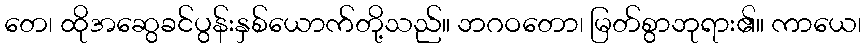
တေ၊ ထိုအဆွေခင်ပွန်းနှစ်ယောက်တို့သည်။ ဘဂဝတော၊ မြတ်စွာဘုရား၏။ ကာယေ၊